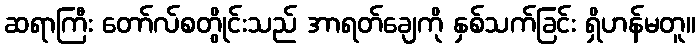
ဆရာကြီး တော်လ်စတွိုင်းသည် အာရတ်ချေကို နှစ်သက်ခြင်း ရှိဟန်မတူ။